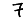
Digit: 7